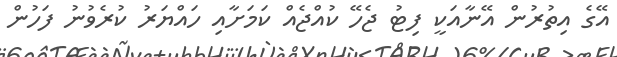
އޭގެ އިތުރުން އޭނާއަކީ ފިޓު ޖެހޭ ކުއްޖެއް ކަމަށާއި ހައްޔަރު ކުރެވުނު ފަހުން